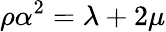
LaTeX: \rho\alpha^{2}=\lambda+2\mu